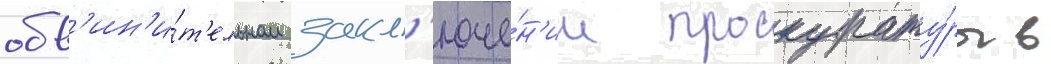
обв'ин'и́т'ельном закл'юче́н'ии прокурату́ры в